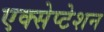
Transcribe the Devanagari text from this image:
एक्सेप्टेशन